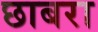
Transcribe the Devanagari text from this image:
छाबरा